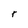
Character: t